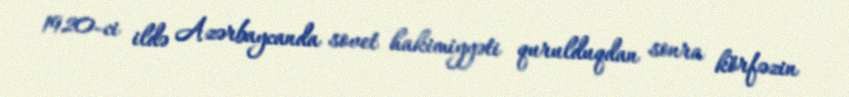
1920-ci ildə Azərbaycanda sovet hakimiyyəti qurulduqdan sonra körfəzin